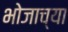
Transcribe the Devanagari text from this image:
भोजाच्या